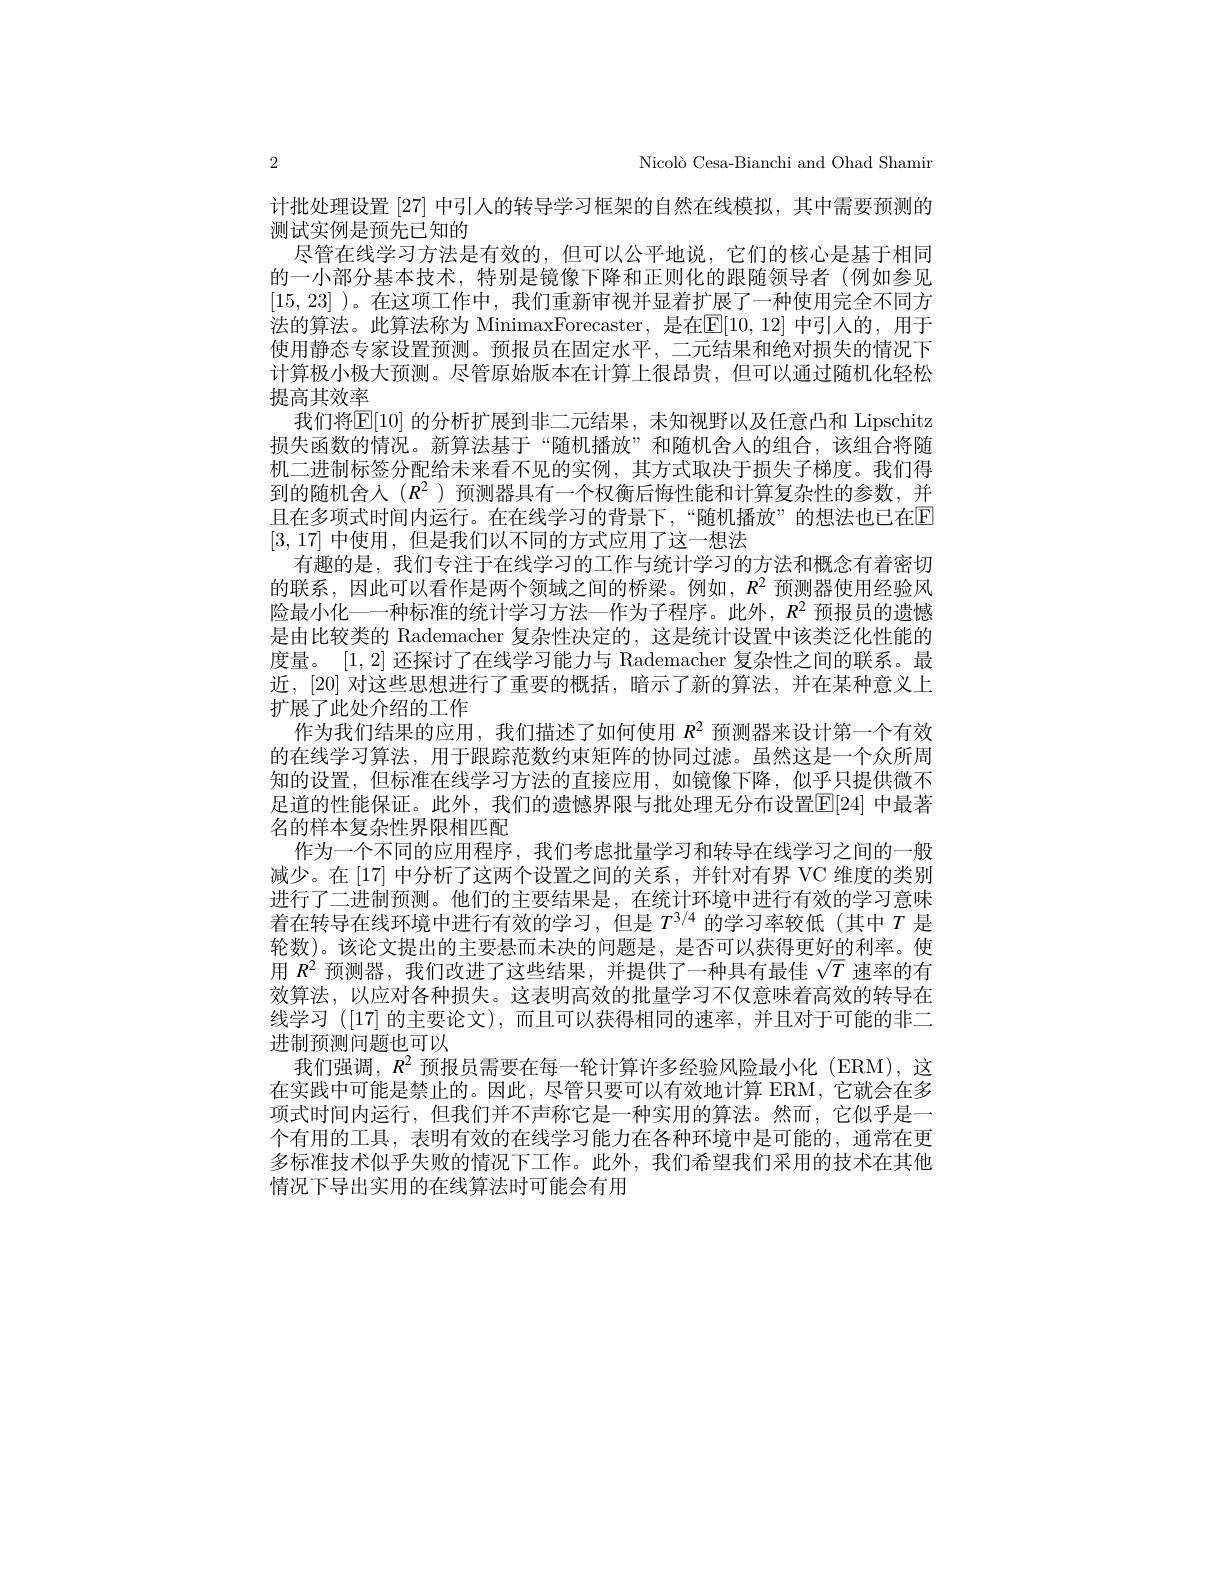
2
Nicolò Cesa-Bianchi and Ohad Shamin
计批处理设置[27]中引人的转导学习框架的自然在线模拟，其中需要预测的
测试实例是预先已知的
尽管在线学习方法是有效的，但可以公平地说，它们的核心是基于相同的一小部分基本技术，特别是镜像下降和正则化的跟随领导者(例如参见[15,23] )。在这项工作中，我们重新审视并显着扩展了一种使用完全不同方法的算法。此算法称为 MinimaxForecaster,是在$\boxed{\mathrm{E}}[10,12]$ 中引人的，用于使用静态专家设置预测。预报员在固定水平，二元结果和绝对损失的情况下计算极小极大预测。尽管原始版本在计算上很昂贵，但可以通过随机化轻松提高其效率
我们将$\mathbb{E}[10]$ 的分析扩展到非二元结果，未知视野以及任意凸和 Lipschitz 损失函数的情况。新算法基于“随机播放”和随机舍人的组合，该组合将随机二进制标签分配给未来看不见的实例，其方式取决于损失子梯度。我们得到的随机舍人$(R^2$ )预测器具有一个权衡后悔性能和计算复杂性的参数，并且在多项式时间内运行。在在线学习的背景下，“随机播放”的想法也已在E [3,17]中使用，但是我们以不同的方式应用了这一想法
有趣的是，我们专注于在线学习的工作与统计学习的方法和概念有着密切的联系，因此可以看作是两个领域之间的桥梁。例如，$R^2$预测器使用经验风险最小化——种标准的统计学习方法—作为子程序。此外，$R^2$预报员的遗憾是由比较类的 Rademacher 复杂性决定的，这是统计设置中该类泛化性能的度量。[1,2]还探讨了在线学习能力与 Rademacher 复杂性之间的联系。最近，[20] 对这些思想进行了重要的概括，暗示了新的算法，并在某种意义上扩展了此处介绍的工作
作为我们结果的应用，我们描述了如何使用$R^{2}$预测器来设计第一个有效的在线学习算法，用于跟踪范数约束矩阵的协同过滤。虽然这是一个众所周知的设置，但标准在线学习方法的直接应用，如镜像下降，似乎只提供微不足道的性能保证。此外，我们的遗憾界限与批处理无分布设置[E[24] 中最著名的样本复杂性界限相匹配
作为一个不同的应用程序，我们考虑批量学习和转导在线学习之间的一般减少。在 [17] 中分析了这两个设置之间的关系，并针对有界 VC 维度的类别进行了二进制预测。他们的主要结果是，在统计环境中进行有效的学习意味着在转导在线环境中进行有效的学习，但是$T^{3/4}$的学习率较低(其中$T$是轮数)。该论文提出的主要悬而未决的问题是，是否可以获得更好的利率。使用$R^2$预测器，我们改进了这些结果，并提供了一种具有最佳$\sqrt{T}$速率的有效算法，以应对各种损失。这表明高效的批量学习不仅意味着高效的转导在线学习 ([17] 的主要论文), 而且可以获得相同的速率，并且对于可能的非二进制预测问题也可以
我们强调，$R^2$预报员需要在每一轮计算许多经验风险最小化 (ERM),这在实践中可能是禁止的。因此，尽管只要可以有效地计算 ERM, 它就会在多项式时间内运行，但我们并不声称它是一种实用的算法。然而，它似乎是一个有用的工具，表明有效的在线学习能力在各种环境中是可能的，通常在更多标准技术似乎失败的情况下工作。此外，我们希望我们采用的技术在其他情况下导出实用的在线算法时可能会有用